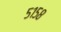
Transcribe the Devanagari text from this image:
५१५८